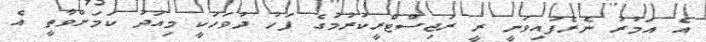
އެ އަމުރު ނެރެފައިވަނީ ރީ ރަޖިސްޓްރީކުރުމުގެ ފަހު ދުވަހަކީ މިއަދު ކަމަށްވާތީ އެ